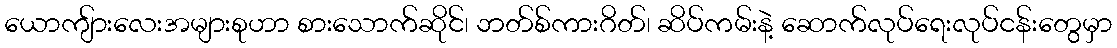
ယောကျ်ားလေးအများစုဟာ စားသောက်ဆိုင်၊ ဘတ်စ်ကားဂိတ်၊ ဆိပ်ကမ်းနဲ့ ဆောက်လုပ်ရေးလုပ်ငန်းတွေမှာ